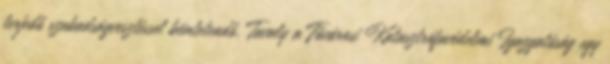
terjedő szabadságvesztéssel büntetendő. Tavaly a Fővárosi Katasztrófavédelmi Igazgatóság egy